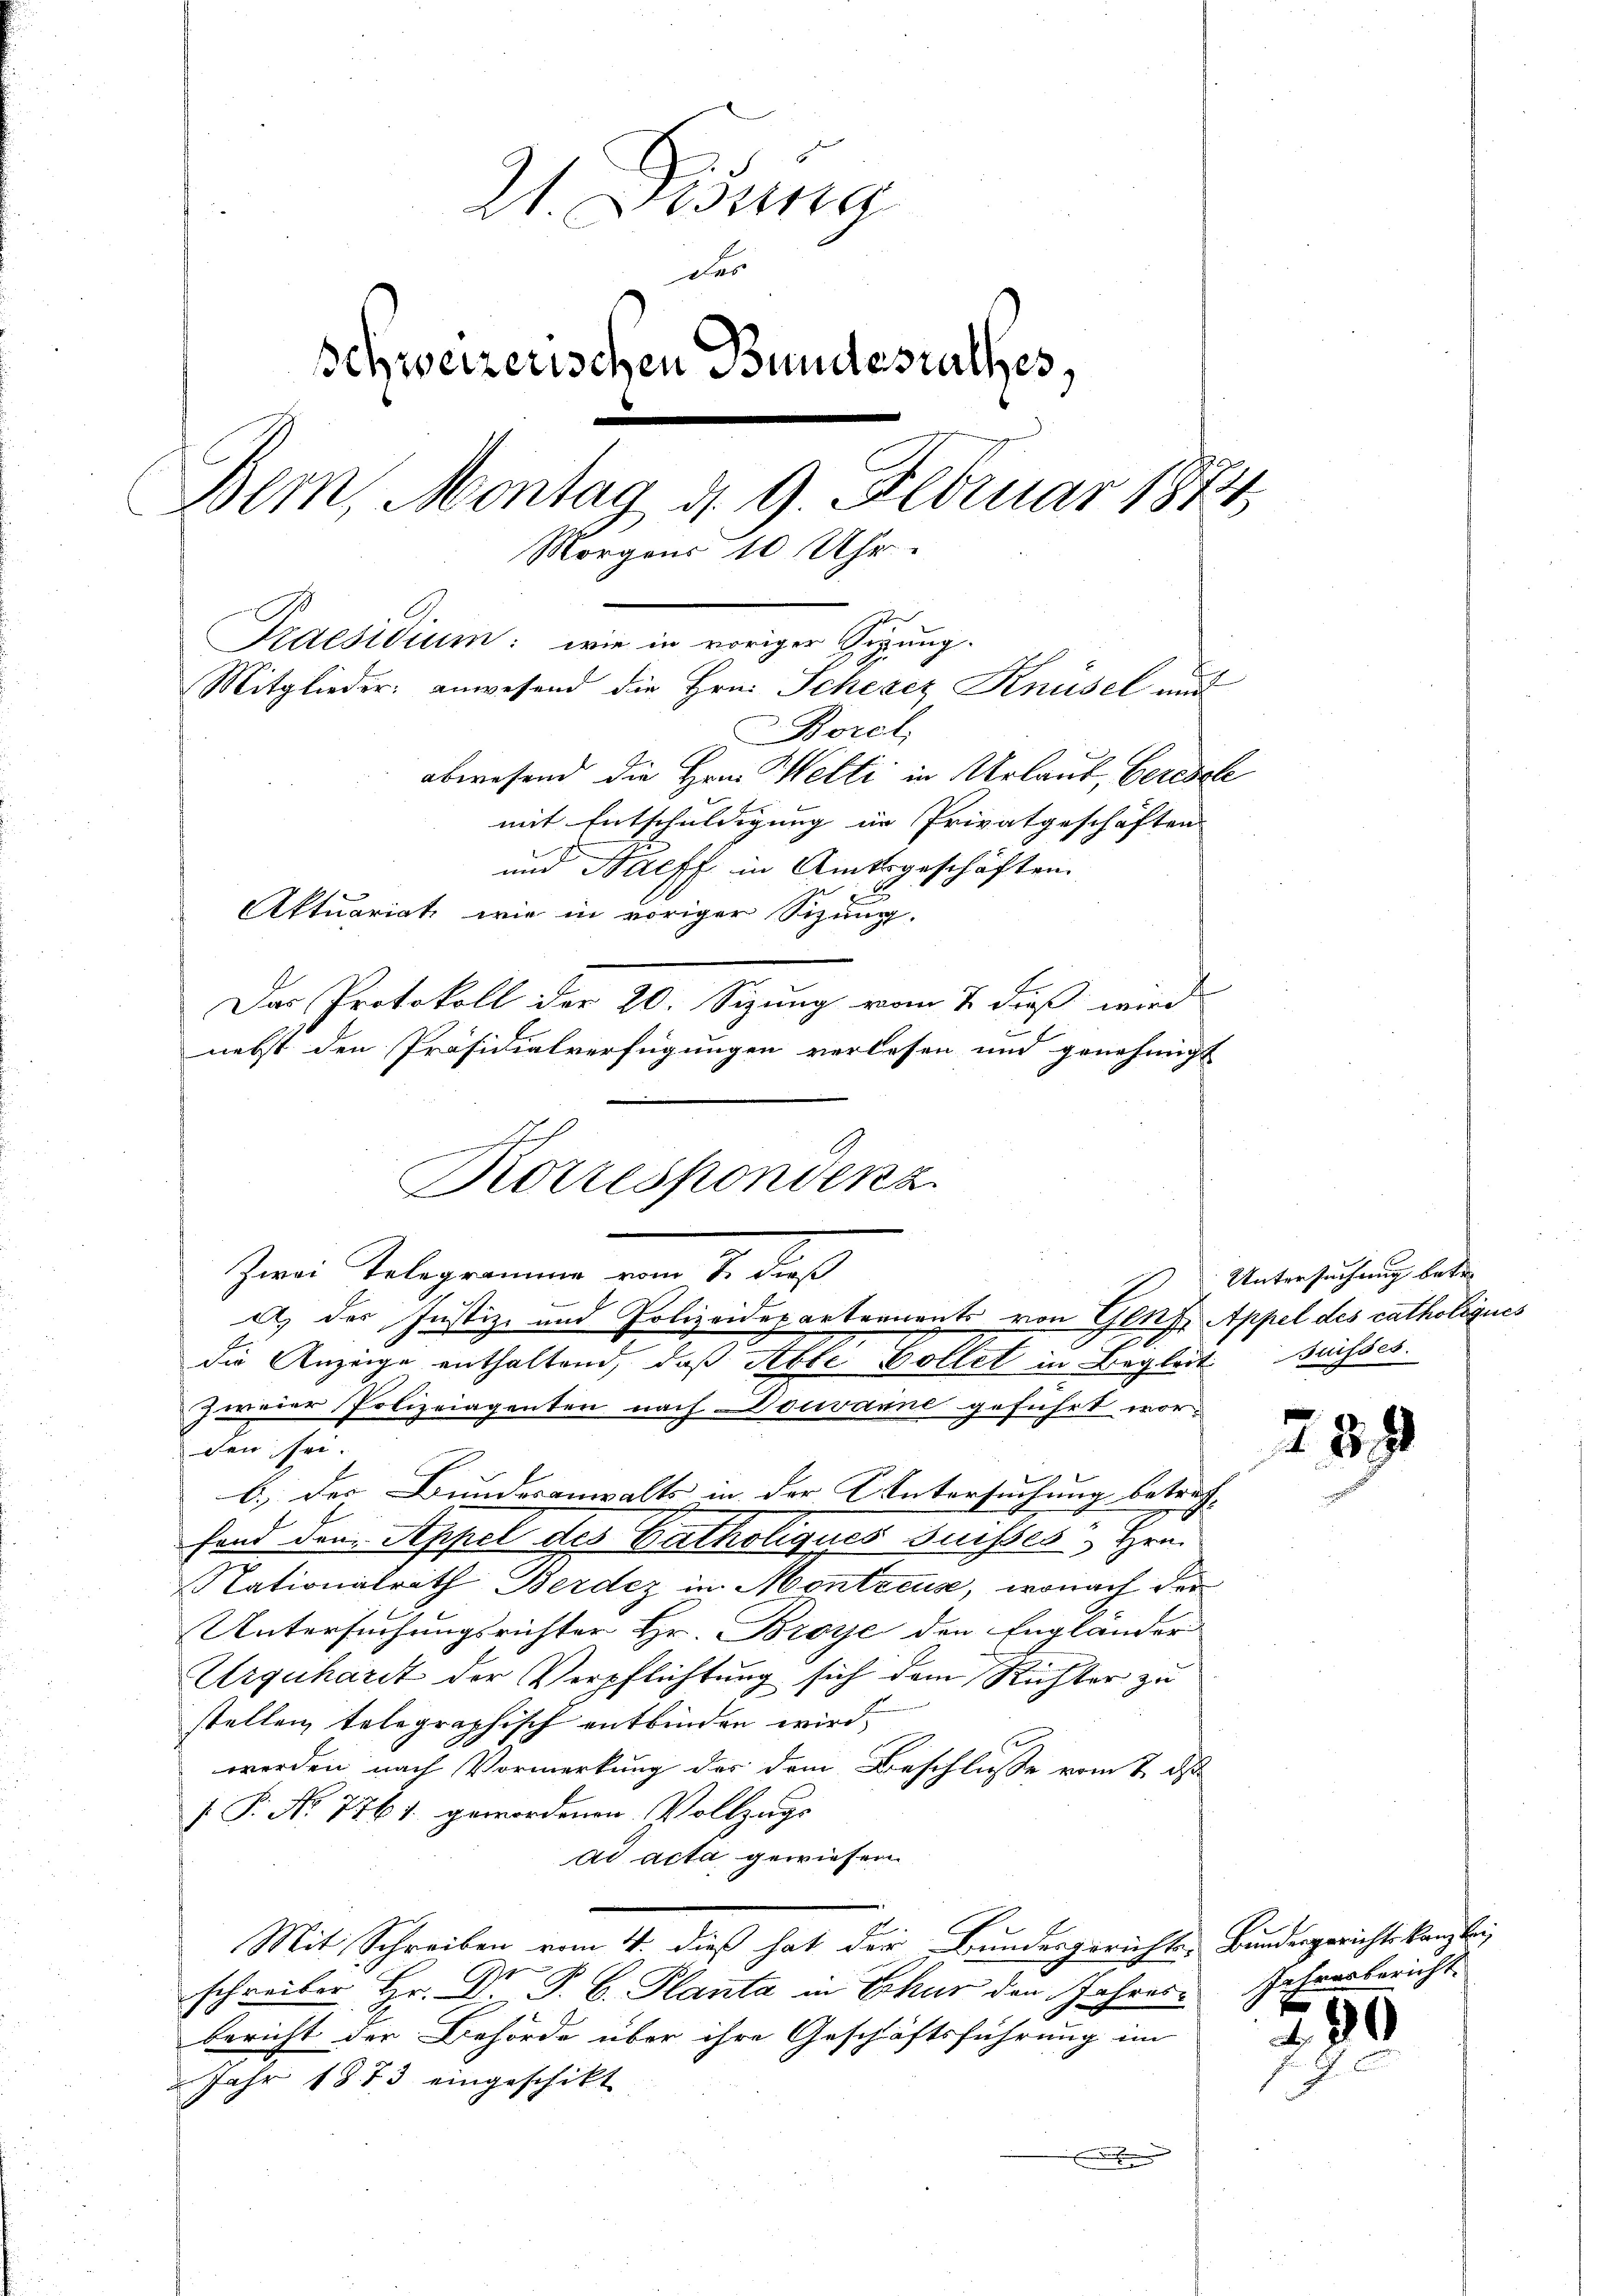
21. Disung
Das
schweizerischen Bundesrathes,
Bem, Montag d. 9. Februar 1874
Morgens 10 Uhr.
2
Praesidium: wie in voriger Sizung.
Mitglieder: anwesend die Hrn. Schezez Knüsel und
Borel,
abwesend die Hrn. Welti in Urlaub, berische
mit Entschuldigung in Privatgeschäften
und Harff in Amtsgeschäften.
Aktuariat wie in voriger Sizung.
Das Protokoll der 20. Sizung vom 7. dieß wird
nebst den Präsidialverfügungen verlesen und genehmigt

den sei.
b.) der Bunderanwalts in der Untersuchung betref-
fond den Appel des Patholiques Suisses Hrn.
Nationalrath Berdez in Montreuse, wonach der
Untersuchungsrichter Hr. Broye den Engländer
Urguhardt der Verpflichtung sich dem Richter zu
stellen, telegraphisch entbinden wird.
werden nach Vormerkung der dem Beschlusse vom 7. ds
 P. No. 7761. gewordenen Vollzugs
ad acta gewiesen.
Mit Schreiben vom 4. dieß hat der Bundesgerichte. Bundergerichtskanzlei
schreiber Hr. Dr. P. C. Planta in Erkur den Jahres¬
Bericht der Behörde über ihre Geschäftsführung im
Jahr 1873 eingeschikt
.

e
Korrespondenz
Zwei Telegrammen vom 7. dieß
a) des Justiz- und Polizeideparternants von Genf, Appel des catholiques
die Anzeige enthaltend, daß Abte Vollet in Begleit Buisses.
zweier Polizeiagenten nach Douvanne geführt wor-

Untersuchung betre

233

Jahresbericht.

80